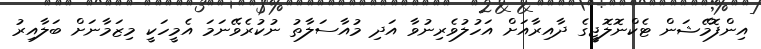
އިންފޮމޭޝަން ޓެކްނޮލޮޖީގެ ދާއިރާއަށް އަހުލުވެރިނުވާ އަދި މުއާސަލާތު ނުކުރެވޭނަމަ އެމީހަކީ މިޒަމާނަށް ބަލާއިރު